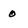
Character: 0